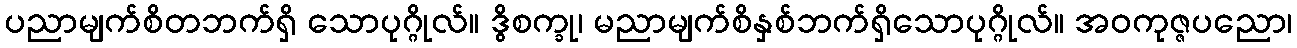
ပညာမျက်စိတဘက်ရှိ သောပုဂ္ဂိုလ်။ ဒွိစက္ခု၊ မညာမျက်စိနှစ်ဘက်ရှိသောပုဂ္ဂိုလ်။ အဝကုဇ္ဇပညော၊